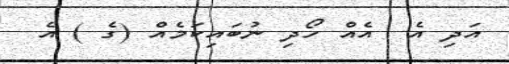
އަދި އެ  އެއް ހޯދި ނުބައިކަމެއް (ގެ ) އެ